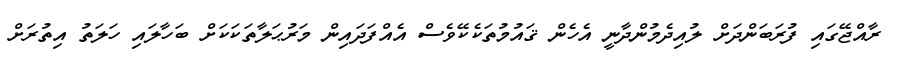
ރާއްޖޭގައި ފުރަބަންދަށް ލުއިދެމުންދާނީ އެހެން ޤައުމުތަކެކޭވެސް އެއްފަދައިން މަރުޙަލާތަކަކަށް ބަހާލައި ހަލަތު އިތުރަށް